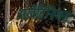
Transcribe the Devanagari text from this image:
अर्जेंटिनियन